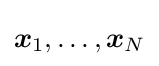
{\boldsymbol {x}}_{1},\ldots ,{\boldsymbol {x}}_{N}